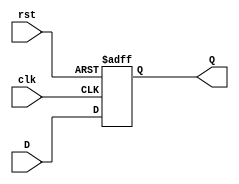
module four_bit_register(D, clk, rst, Q);
	input [3:0] D;
	input clk, rst;
	output reg[3:0] Q;

	always @(posedge clk or posedge rst) begin
		if (rst == 1'b1)
			Q <= 4'b0000;
		else 
			Q <= D;
	end
endmodule